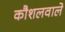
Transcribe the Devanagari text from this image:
कौशलवाले